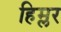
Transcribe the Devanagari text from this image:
हिम्लर